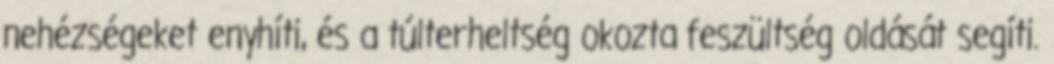
nehézségeket enyhíti, és a túlterheltség okozta feszültség oldását segíti.